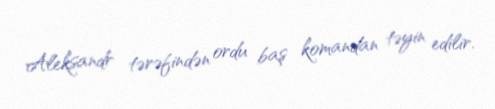
Aleksandr tərəfindən ordu baş komandan təyin edilir.